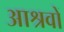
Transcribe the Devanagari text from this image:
आश्रवों